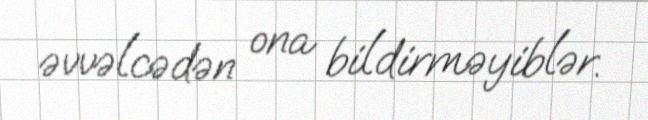
əvvəlcədən ona bildirməyiblər.